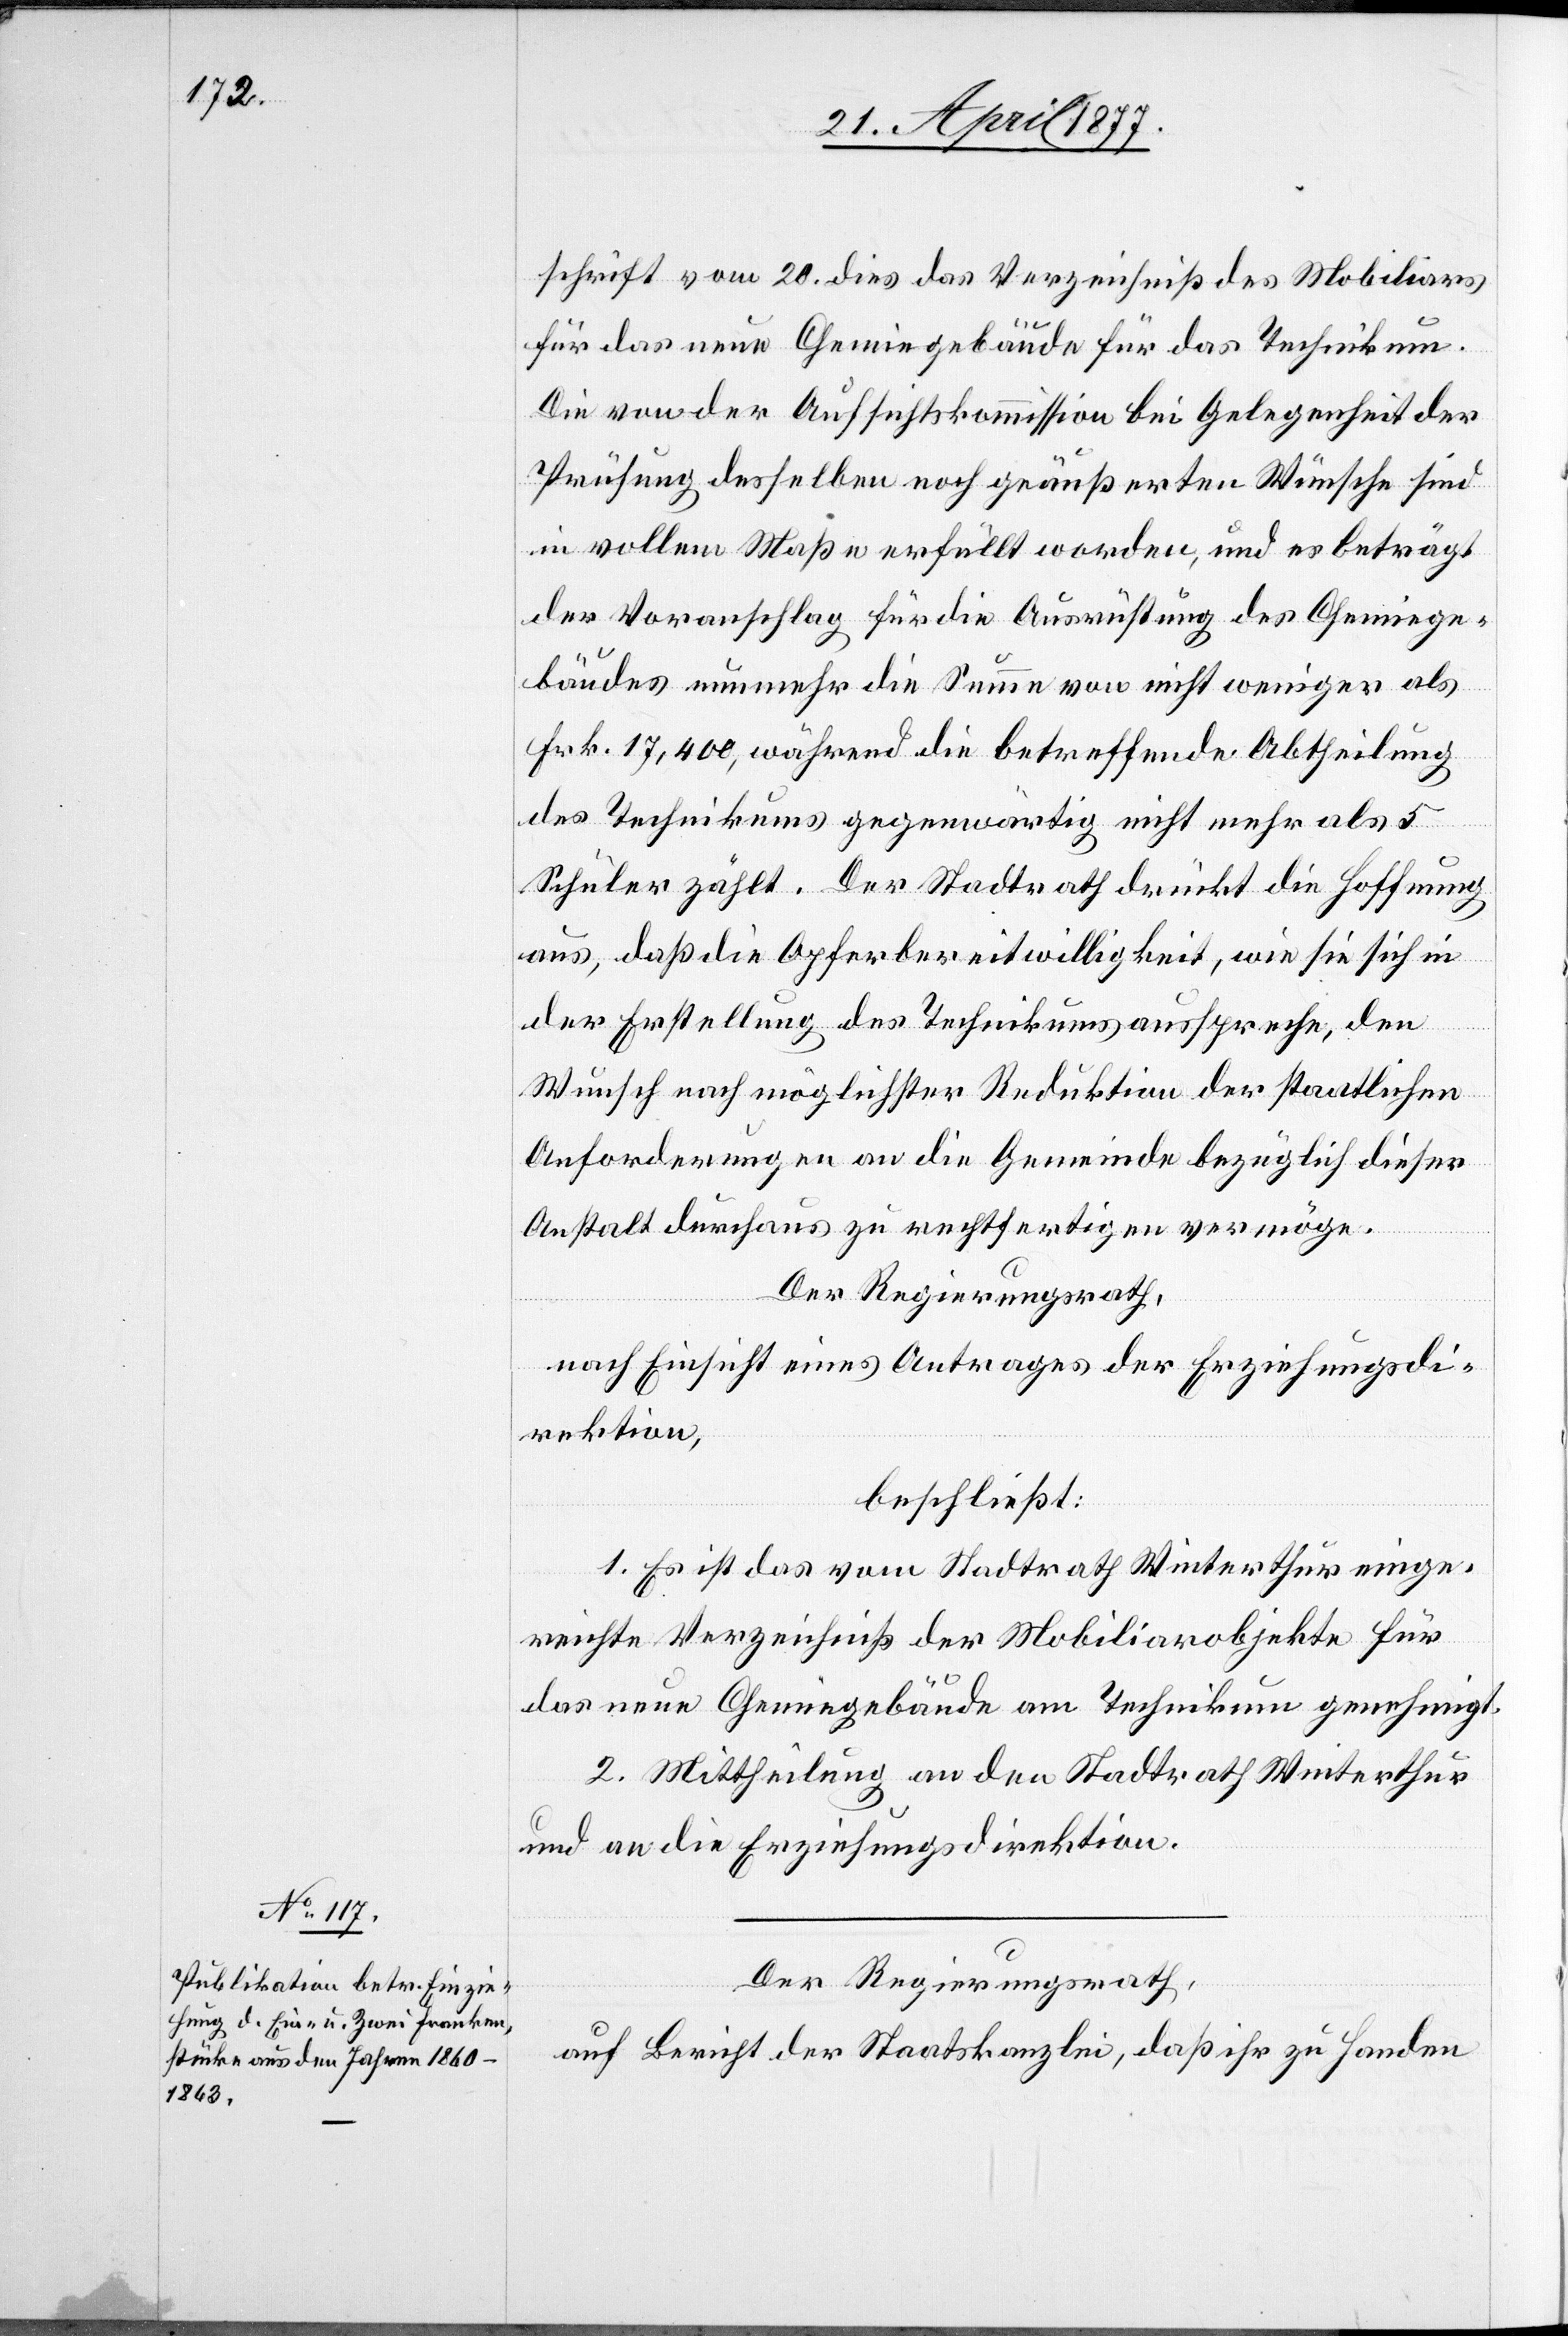
21. April 1877.]
schrift vom 20. dies das Verzeichniß des Mobiliars
für das neue Chemiegebäude für das Technikum.
Die von der Aufsichtskommission bei Gelegenheit der
Prüfung desselben noch geäußerten Wünsche sind
in vollem Maße erfüllt worden, und es beträgt
der Voranschlag für die Ausrüstung des Chemiege¬
bäudes nunmehr die Summe von nicht weniger als
Frk. 17,400, während die betreffende Abtheilung
des Technikums gegenwärtig nicht mehr als 5
Schüler zählt. Der Stadtrath drückt die Hoffnung
aus, daß die Opferbereitwilligkeit, wie sie sich in
der Erstellung des Technikums ausspreche, den
Wunsch nach möglichster Reduktion der staatlichen
Anforderungen an die Gemeinde bezüglich dieser
Anstalt durchaus zu rechtfertigen vermöge.
Der Regierungsrath,
nach Einsicht eines Antrages der Erziehungsdi¬
rektion,
beschließt:
1. Es ist das vom Stadtrath Winterthur einge¬
reichte Verzeichniß der Mobiliarobjekte für
das neue Chemiegebäude am Technikum genehmigt.
2. Mittheilung an den Stadtrath Winterthur
und an die Erziehungsdirektion.
Der Regierungsrath,
auf Bericht der Staatskanzlei, daß ihr zu Handen